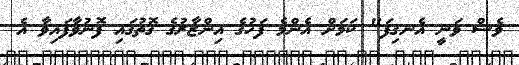
ވެސް ވަނީ އެނގިފަ" ކަމަށް އެންމެ ފަހުގެ އިންޒާރުގެ ގޮތުގައި ފޮނުވާފައިވާ އެ